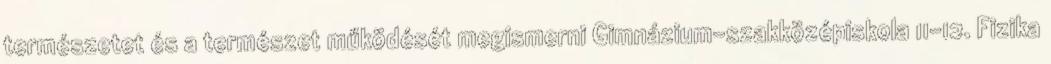
természetet és a természet működését megismerni Gimnázium-szakközépiskola 11-12. Fizika